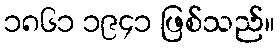
၁၈၆၁ ၁၉၄၁ ဖြစ်သည်။